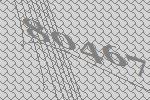
80467